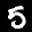
Label: 5